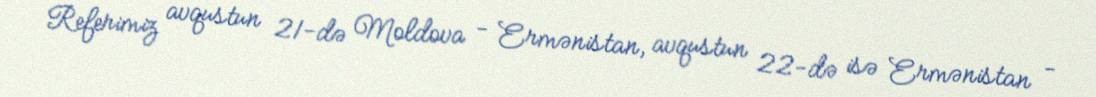
Referimiz avqustun 21-də Moldova - Ermənistan, avqustun 22-də isə Ermənistan -